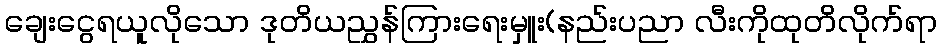
ချေးငွေရယူလိုသော ဒုတိယညွှန်ကြားရေးမှူး(နည်းပညာ လီးကိုထုတိလိုက်ရာ